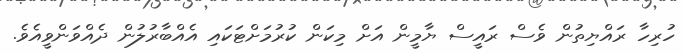
ހުރިހާ ރައްޔިތުން ވެސް ރައީސް ޔާމީން އަށް މިކަން ކުރުމަށްޓަކައި އެއްބާރުލުން ދެއްވަންވީއެވެ.